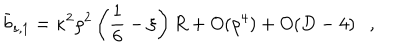
\bar { b } _ { s , 1 } = \kappa ^ { 2 } \rho ^ { 2 } \left( \frac 1 6 - \xi \right) R + O ( \rho ^ { 4 } ) + O ( D - 4 ) ,